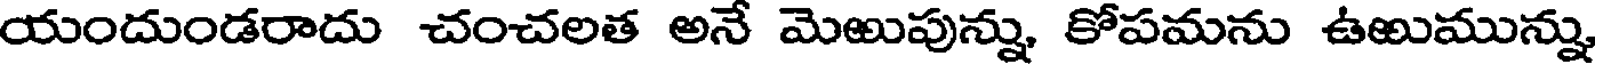
యందుండరాదు చంచలత అనే మెఱుపున్ను, కోపమను ఉఱుమున్ను